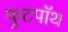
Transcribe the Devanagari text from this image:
फुटपॉथ